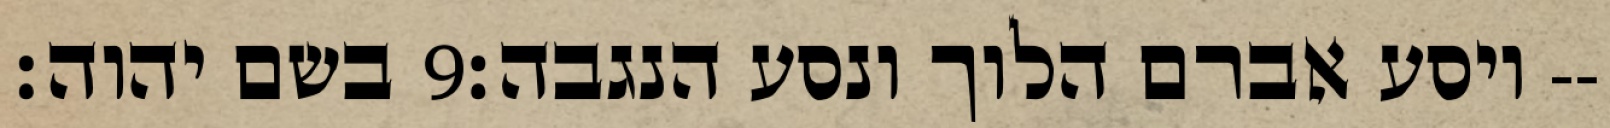
בשם יהוה׃ ‎9‏ ויסע אברם הלוך ונסע הנגבה׃--